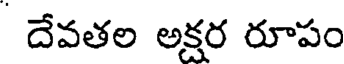
దేవతల అక్షర రూపం